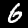
Digit: 6